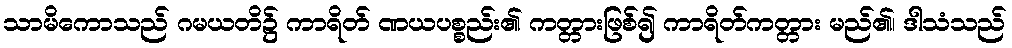
သာမိကောသည် ဂမယတိ၌ ကာရိတ် ဏယပစ္စည်း၏ ကတ္တားဖြစ်၍ ကာရိတ်ကတ္တား မည်၏၊ ဒါသံသည်